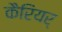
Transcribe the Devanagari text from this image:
कैरियर्